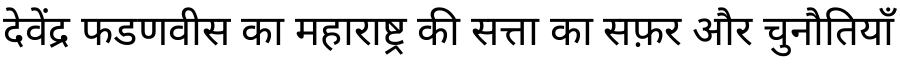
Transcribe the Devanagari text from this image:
देवेंद्र फडणवीस का महाराष्ट्र की सत्ता का सफ़र और चुनौतियाँ